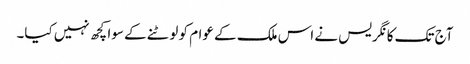
آج تک کانگریس نے اس ملک کے عوام کو لوٹنے کے سوا کچھ نہیں کیا۔